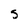
Character: S